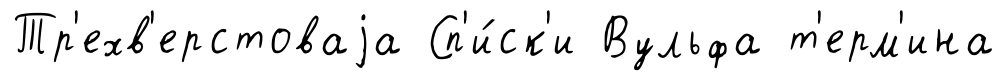
Тр'ехв'ерстоваjа Сп'и́ск'и Вульфа т'ерм'ина